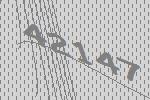
42147